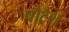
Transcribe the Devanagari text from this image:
पौटैश